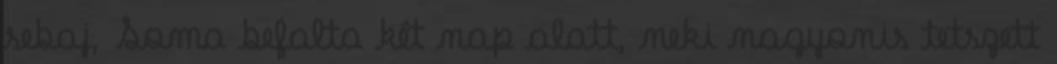
sebaj, Soma befalta két nap alatt, neki nagyonis tetszett